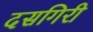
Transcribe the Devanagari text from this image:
दसगिरी